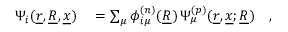
\begin{array} { r l } { \Psi _ { i } ( \underline { { r } } , \underline { { R } } , \underline { { x } } ) } & { { } = \sum _ { \mu } \phi _ { i \mu } ^ { ( n ) } ( \underline { { R } } ) \, \Psi _ { \mu } ^ { ( p ) } ( \underline { { r } } , \underline { { x } } ; \underline { { R } } ) \quad , } \end{array}